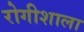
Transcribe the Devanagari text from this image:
रोगीशाला